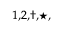
^ { 1 , 2 , \dagger , \star , }